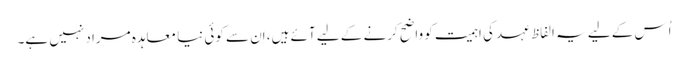
اُس کے لیے یہ الفاظ عہد کی اہمیت کو واضح کرنے کے لیے آئے ہیں، اِن سے کوئی نیا معاہدہ مراد نہیں ہے۔